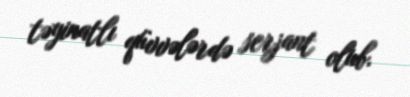
təyinatlı qüvvələrdə serjant olub.